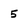
Character: 5